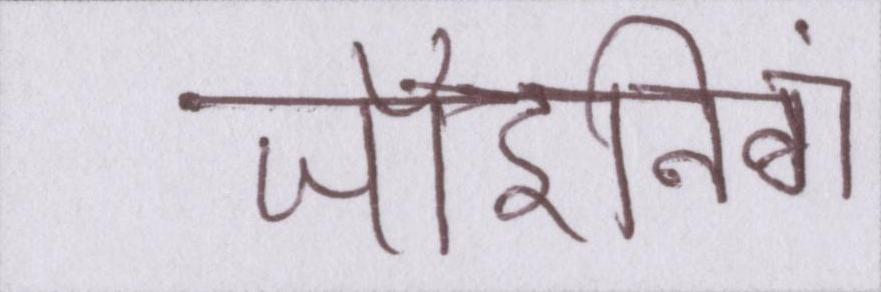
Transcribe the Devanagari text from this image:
जॉइनिंग